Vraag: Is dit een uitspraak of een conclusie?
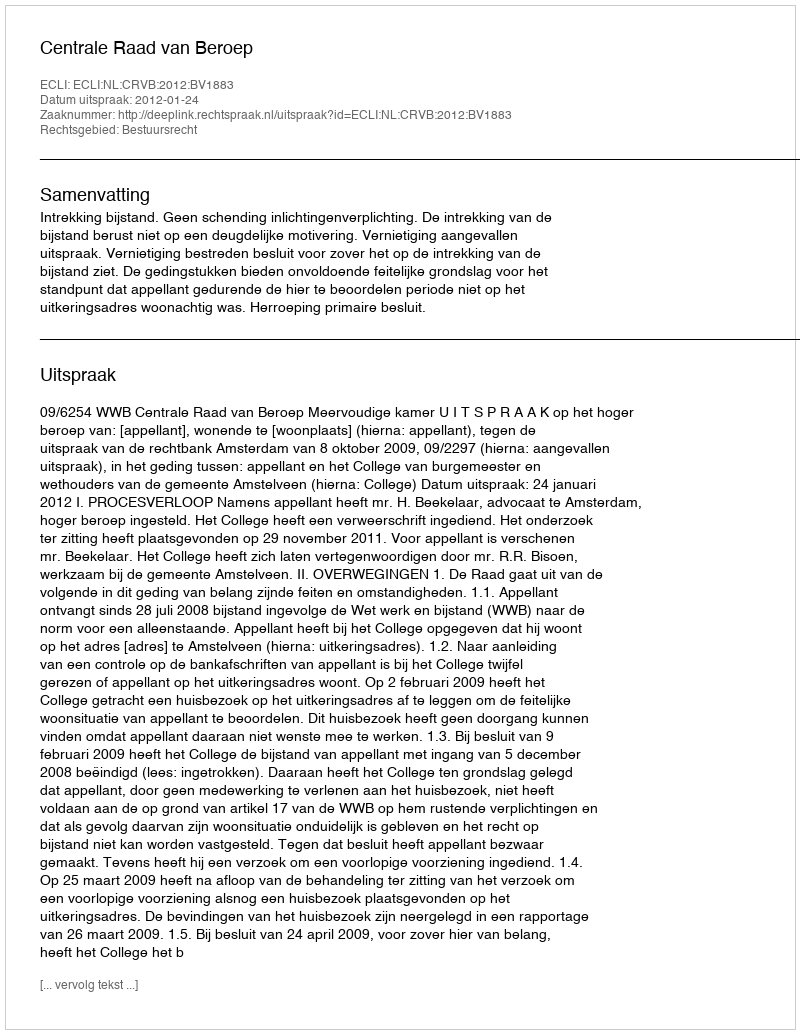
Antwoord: Uitspraak